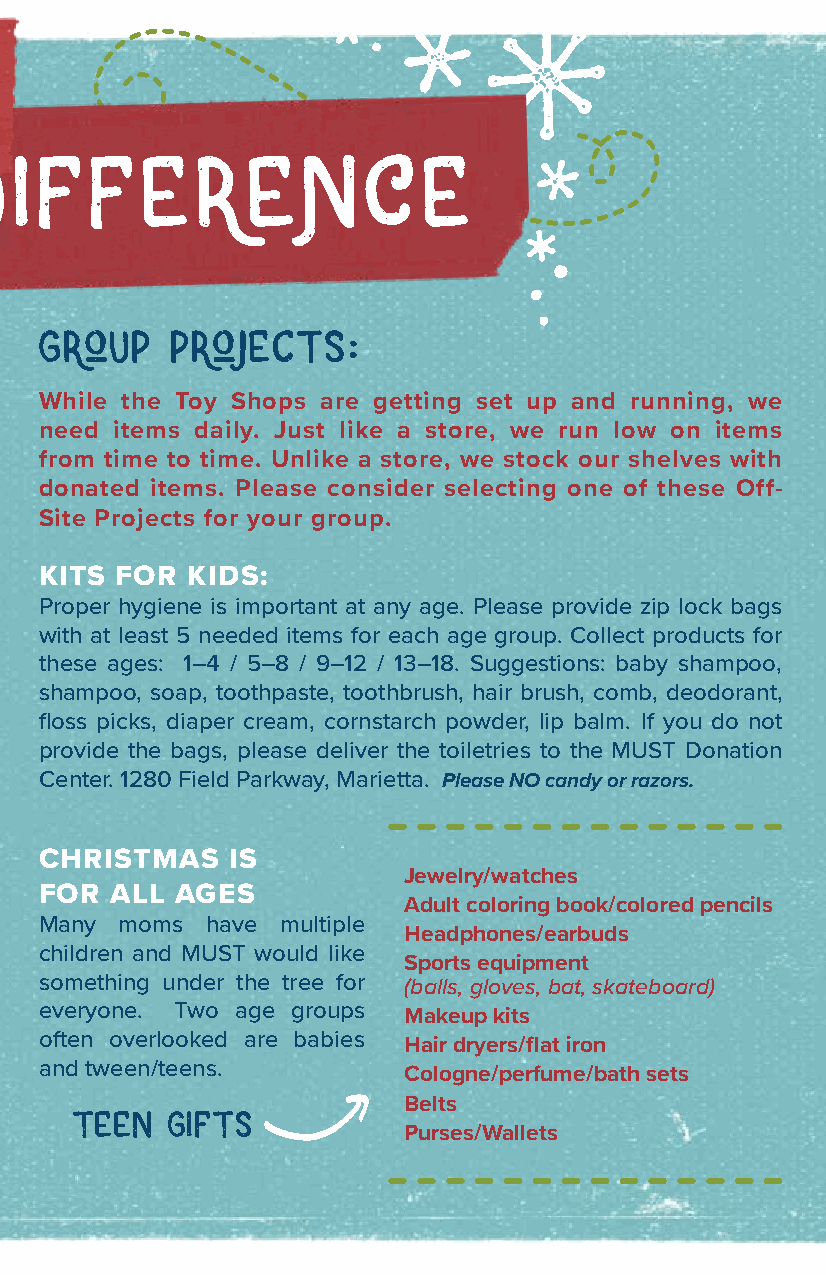
A big DifferenCe
 group   projects:
 While the Toy Shops are getting set up and running, we
 need items daily. Just like a store, we run low on items
 from time to time. Unlike a store, we stock our shelves with
 donated items. Please consider selecting one of these Off-
 Site Projects for your group.
 KITS FOR KIDS:
 Proper hygiene is important at any age. Please provide zip lock bags
 with at least 5 needed items for each age group. Collect products for
 these ages: 1–4 / 5–8 / 9–12 / 13–18. Suggestions: baby shampoo,
 shampoo, soap, toothpaste, toothbrush, hair brush, comb, deodorant,
 floss picks, diaper cream, cornstarch powder, lip balm. If you do not
 provide the bags, please deliver the toiletries to the MUST Donation
 Center. 1280 Field Parkway, Marietta. Please NO candy or razors.
 CHRISTMAS   IS
 Toys for ages 0-12         Jewelry/watches
 FOR ALL  AGES
 Adult coloring book/colored pencils
 Diapers Educational Toys
 Many moms  have multiple
 Headphones/earbuds
 Helmets Large bikes children and MUST would like
 Sports equipment
 something under the tree for (balls, gloves, bat, skateboard)
 Ethnic baby/barbie dolls
 everyone. Two age groups Makeup kits
 Jackets Teen gifts often overlooked are babies
 Hair dryers/flat iron
 Legos Blankets and tween/teens. Cologne/perfume/bath sets
 Belts
 Hats, scarves & gloves teen gifts
 Purses/Wallets
 Hot Wheels tracks
 Board Games